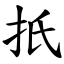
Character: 扺